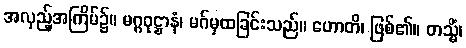
အလှည့်အကြိမ်၌။ မဂ္ဂဝုဋ္ဌာနံ၊ မဂ်မှထခြင်းသည်။ ဟောတိ၊ ဖြစ်၏။ တသ္မိံ၊